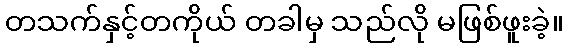
တသက်နှင့်တကိုယ် တခါမှ သည်လို မဖြစ်ဖူးခဲ့။